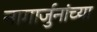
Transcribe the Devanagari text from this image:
नागार्जुनांच्या